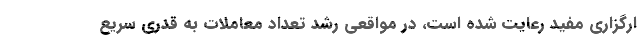
ارگزاری مفید رعایت شده است، در مواقعی رشد تعداد معاملات به قدری سریع